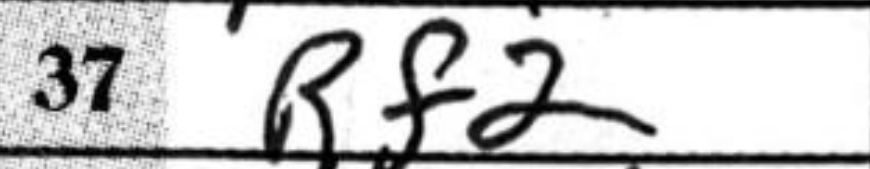
Transcription: Rf2